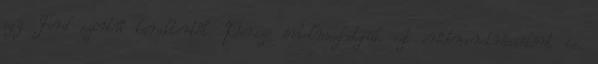
egy Ford szintű karaktertől. Persze értelmezhetjük ezt erődemonstrációként is.